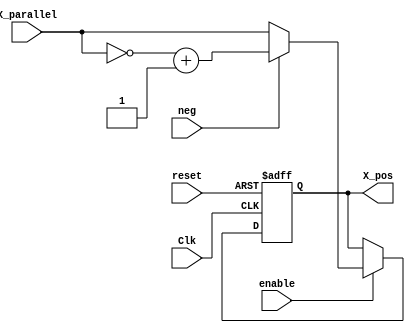
//Verilog HDL for "lab3", "usTwosComp" "verilog"


module usTwosComp #(parameter DATA_WIDTH = 16) (X_parallel, enable, neg, reset, Clk, X_pos );
input [DATA_WIDTH-1:0] X_parallel;
input enable, reset, Clk, neg;
output [DATA_WIDTH-1:0] X_pos;
reg [DATA_WIDTH-1:0] X_pos;

always @(posedge Clk or posedge reset)
	if (reset) begin //non-blocking statements
		X_pos = {DATA_WIDTH{1'b0}};
	end else if (enable) begin 
		if(neg ==1'b1) begin //input needs to be switched to negative
			X_pos = ~X_parallel;
			X_pos = X_pos + 1'b1; //Take 2's complement
		end else begin // input is positive, just echo
			X_pos = X_parallel; //echo input
		end
	end

endmodule